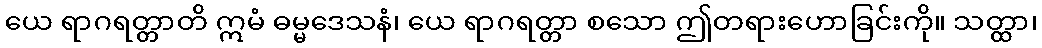
ယေ ရာဂရတ္တာတိ ဣမံ ဓမ္မဒေသနံ၊ ယေ ရာဂရတ္တာ စသော ဤတရားဟောခြင်းကို။ သတ္ထာ၊